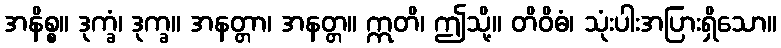
အနိစ္စ။ ဒုက္ခံ၊ ဒုက္ခ။ အနတ္တာ၊ အနတ္တ။ ဣတိ၊ ဤသို့။ တိဝိဓံ၊ သုံးပါးအပြားရှိသော။